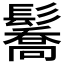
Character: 𩯘